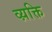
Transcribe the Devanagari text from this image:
व्य़क्ति